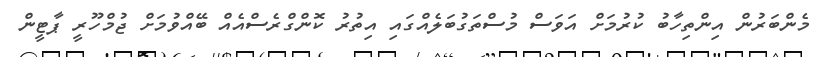
މެންބަރުން އިންތިހާބު ކުރުމަށް އަވަސް މުސްތަގުބަލެއްގައި އިތުރު ކޮންގްރެސްއެއް ބޭއްވުމަށް ޖުމްހޫރީ ޕާޓީން